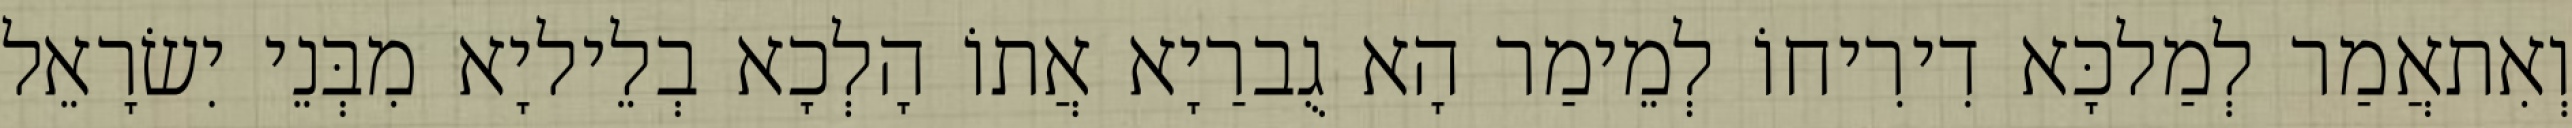
וְאִתאֲמַר לְמַלכָּא דִירִיחוֹ לְמֵימַר הָא גֻברַיָא אֲתוֹ הָלְכָא בְלֵיליָא מִבְּנֵי יִשׂרָאֵל